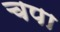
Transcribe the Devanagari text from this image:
चपा